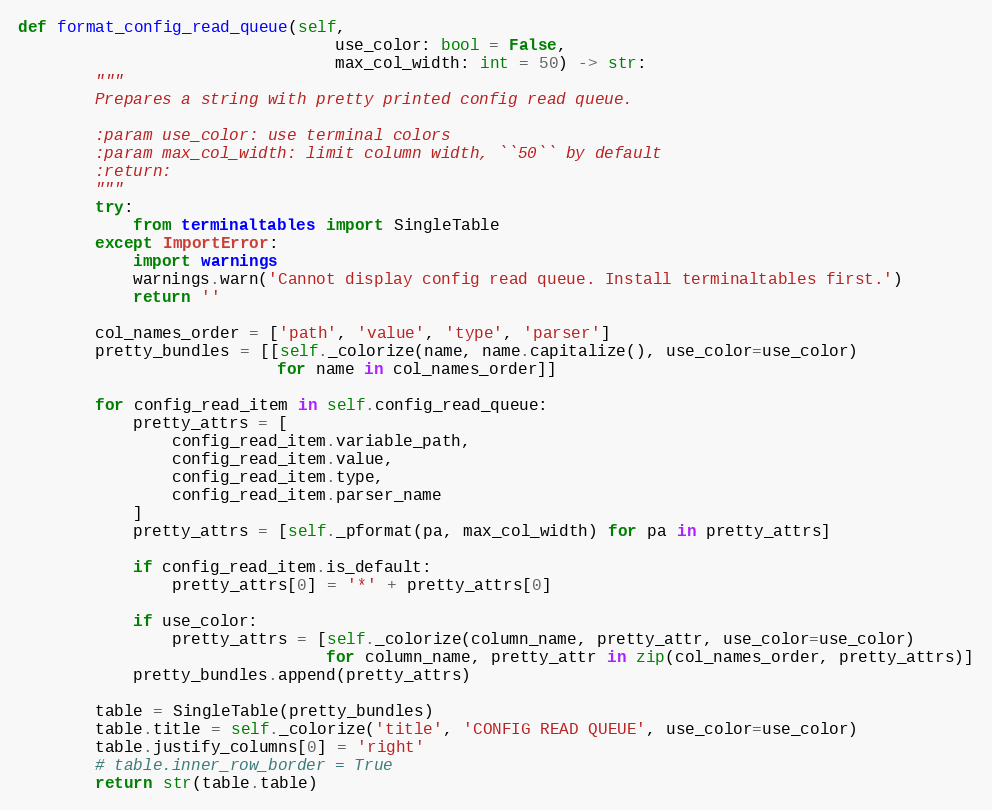
Language: Python
def format_config_read_queue(self,
                                 use_color: bool = False,
                                 max_col_width: int = 50) -> str:
        """
        Prepares a string with pretty printed config read queue.

        :param use_color: use terminal colors
        :param max_col_width: limit column width, ``50`` by default
        :return:
        """
        try:
            from terminaltables import SingleTable
        except ImportError:
            import warnings
            warnings.warn('Cannot display config read queue. Install terminaltables first.')
            return ''

        col_names_order = ['path', 'value', 'type', 'parser']
        pretty_bundles = [[self._colorize(name, name.capitalize(), use_color=use_color)
                           for name in col_names_order]]

        for config_read_item in self.config_read_queue:
            pretty_attrs = [
                config_read_item.variable_path,
                config_read_item.value,
                config_read_item.type,
                config_read_item.parser_name
            ]
            pretty_attrs = [self._pformat(pa, max_col_width) for pa in pretty_attrs]

            if config_read_item.is_default:
                pretty_attrs[0] = '*' + pretty_attrs[0]

            if use_color:
                pretty_attrs = [self._colorize(column_name, pretty_attr, use_color=use_color)
                                for column_name, pretty_attr in zip(col_names_order, pretty_attrs)]
            pretty_bundles.append(pretty_attrs)

        table = SingleTable(pretty_bundles)
        table.title = self._colorize('title', 'CONFIG READ QUEUE', use_color=use_color)
        table.justify_columns[0] = 'right'
        # table.inner_row_border = True
        return str(table.table)